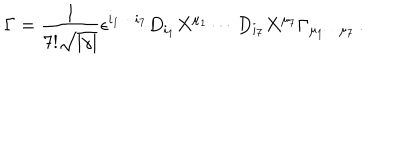
\Gamma = { \frac { 1 } { 7 ! \sqrt { | \gamma | } } } \epsilon ^ { i _ { 1 } \cdots i _ { 7 } } D _ { i _ { 1 } } X ^ { \mu _ { 1 } } \cdots D _ { i _ { 7 } } X ^ { \mu _ { 7 } } \Gamma _ { \mu _ { 1 } \cdots \mu _ { 7 } } \, .